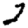
Digit: 2